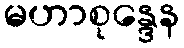
မဟာစုန္ဒေန